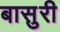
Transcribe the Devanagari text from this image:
बासुरी